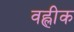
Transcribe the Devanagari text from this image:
वह्लीक